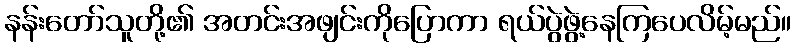
နန်းတော်သူတို့၏ အတင်းအဖျင်းကိုပြောကာ ရယ်ပွဲဖွဲ့နေကြပေလိမ့်မည်။